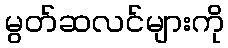
မွတ်ဆလင်များကို